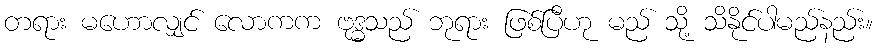
တရား မဟောလျှင် လောကက ဗုဒ္ဓသည် ဘုရား ဖြစ်ပြီဟု မည် သို့ သိနိုင်ပါမည်နည်း။